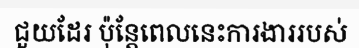
ជួយដែរ ប៉ុន្តែពេលនេះការងាររបស់